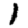
Digit: 1